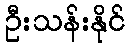
ဦးသန်းနိုင်